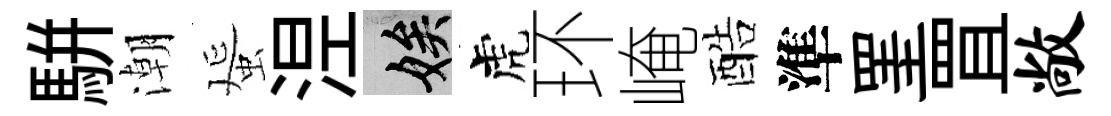
駢潮蜑𣵀娭虎环崦酷準罣罝敞